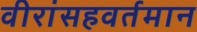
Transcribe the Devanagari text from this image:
वीरांसहवर्तमान